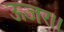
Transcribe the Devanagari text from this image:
ऊजर।।